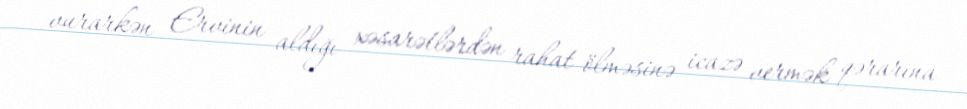
vurarkən Ervinin aldığı xəsarətlərdən rahat ölməsinə icazə vermək qərarına